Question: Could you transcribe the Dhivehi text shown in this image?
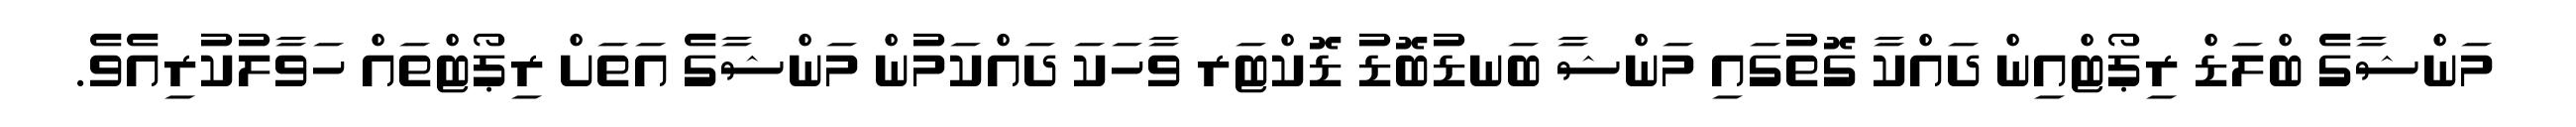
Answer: މަންޝާގެ ބްލަޑް ރިޕޯޓްއިން ދައްކާ ގޮތުގައި މަންޝާ ބަނޑުބޮޑު ޑޮކްޓަރ ވާހަކަ ދައްކަމުން މަންޝާގެ އަތަށް ރިޕޯޓްތައް ހަވާލުކުރިއެވެ.